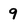
Character: 9